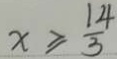
x \geq \frac { 1 4 } { 3 }